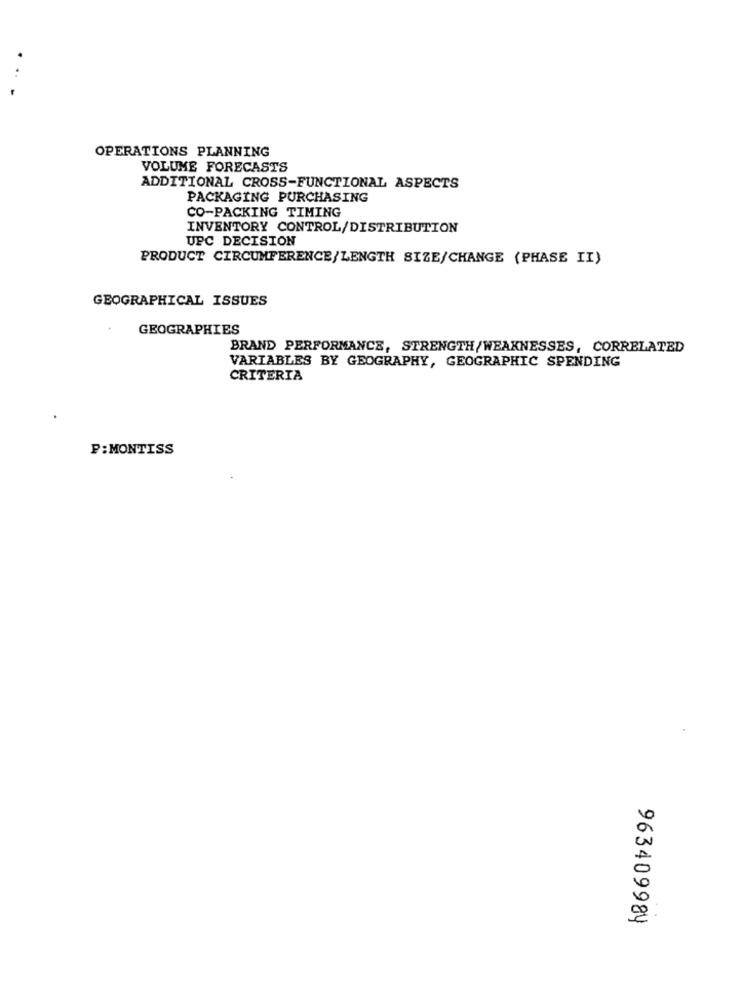
OPERATIONS PLANNING
VOLUME FORECASTS
ADDITIONAL CROSS-FUNCTIONAL ASPECTS
PACKAGING PURCHASING
CO-PACKING TIMING
INVENTORY CONTROL/DISTRIBUTION
UPC DECISION
PRODUCT CIRCUMFERENCE/LENGTH SIZE/CHANGE (PHASE II)
GEOGRAPHICAL ISSUES
GEOGRAPHIES
BRAND PERFORMANCE, STRENGTH/WEAKNESSES, CORRELATED
VARIABLES BY GEOGRAPHY, GEOGRAPHIC SPENDING
CRITERIA
P:MONTISS
963409989